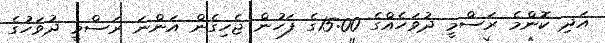
އަދި ކޮންމެ ރަސްމީ ދުވަހެއްގެ 15:00ގެ ފަހުން ޖެހިގެން އަންނަ ރަސްމީ ދުވަހުގެ